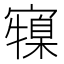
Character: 𭔜